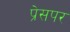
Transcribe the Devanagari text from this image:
प्रेसपर